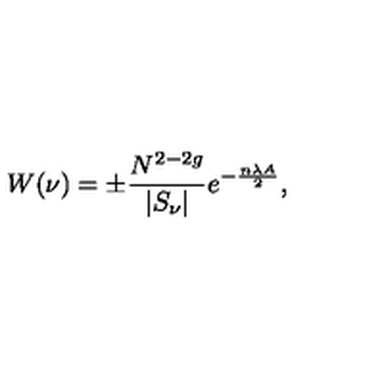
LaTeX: W ( \nu ) = \pm \frac { N ^ { 2 - 2 g } } { | S _ { \nu } | } e ^ { - \frac { n \lambda A } { 2 } } ,